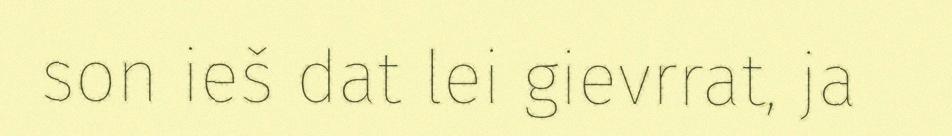
son ieš dat lei gievrrat, ja